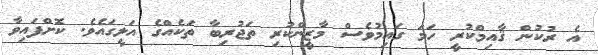
އެ ރުކުން ޤާއިމްކުރީ ހަމަ ގައިމުވެސް މާޒީންކުރި ތަޖުރިބާ ތަކެއްގެ އަލީގައެވެ. ކޮށްފައިވާ